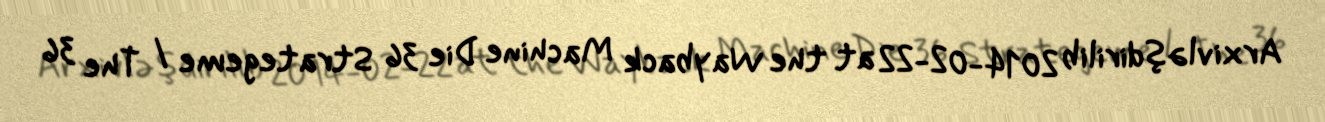
Arxivləşdirilib 2014-02-22 at the Wayback Machine Die 36 Strategeme / The 36